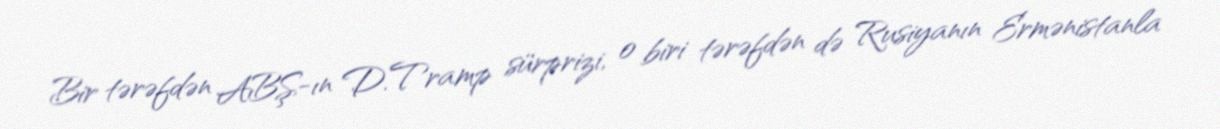
Bir tərəfdən ABŞ-ın D.Tramp sürprizi, o biri tərəfdən də Rusiyanın Ermənistanla